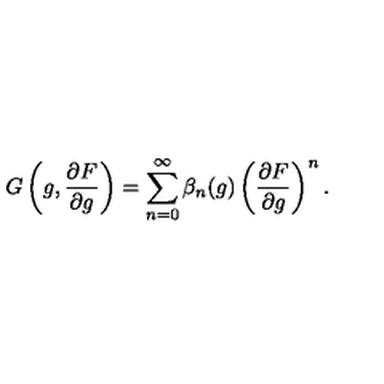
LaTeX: G \left( g , { \frac { \partial F } { \partial g } } \right) = \sum _ { n = 0 } ^ { \infty } \beta _ { n } ( g ) \left( { \frac { \partial F } { \partial g } } \right) ^ { n } .